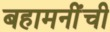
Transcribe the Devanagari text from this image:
बहामनींची